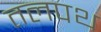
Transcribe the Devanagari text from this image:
तलपथ